Indian journal of veterinary science and animal husbandry - Volume 1,
Year: 1931
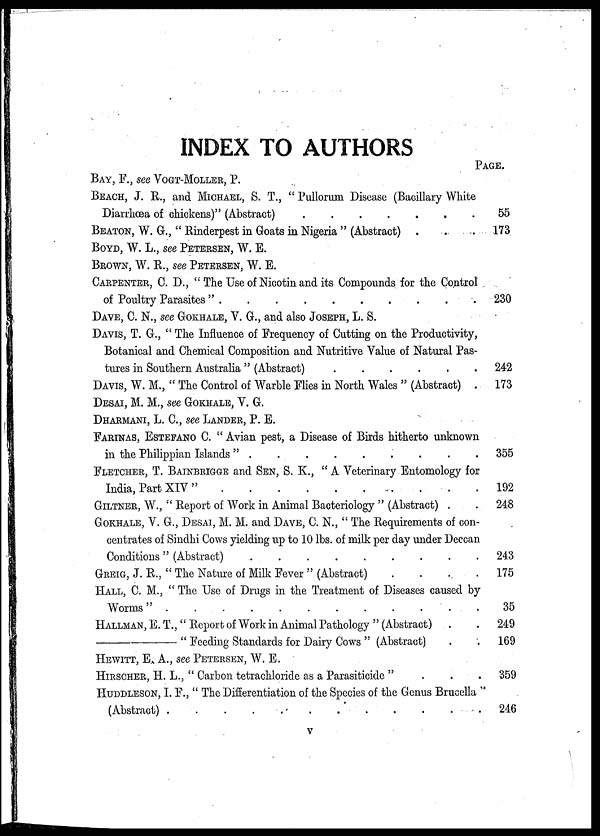
INDEX TO AUTHORS
BAY, F., see VOGT-MOLLER, P.
BEACH, J. R., and MICHAEL, S. T., " Pullorum Disease (Bacillary White
Diarrhœa of chickens)" (Abstract)
BEATON, W. G., " Rinderpest in Goats in Nigeria " (Abstract) . . .
BOYD, W. L., see PETERSEN, W. E.
BROWN, W. R., see PETERSEN, W. E.
CARPENTER, C.D., " The Use of Nicotin and its Compounds for the Control
of Poultry Parasites". . . . . . . . . .
DAVE, C. N., see GOKHALE, V. G., and also JOSEPH, L. S.
DAVIS, T. G., " The Influence of Frequency of Cutting on the Productivity,
Botanical and Chemical Composition and Nutritive Value of Natural Pas-
tures in Southern Australia " (Abstract)
......
DAVIS W. M., " The Control of Warble Flies in North Wales " (Abstract) .
DESAI, M. M., see GOKHALE, V. G.
DHARMANI, L. C, see LANDER, P. E.
FARINAS, ESTEFANO C. " Avian pest, a Disease of Birds hitherto unknown
in the Philippian Islands "
FLETCHER, T. BAINBRIGGE and SEN, S. K., " A Veterinary Entomology for
India, Part XIV "
GILTNER, W., " Report of Work in Animal Bacteriology " (Abstract) . .
GOKHALE, V. G., DESAI, M. M. and DAVE, C. N., " The Requirements of con-
centrates of Sindhi Cows yielding up to 10 lbs. of milk per day under Deccan
Conditions " (Abstract)
GREIG, J. R., " The Nature of Milk Fever " (Abstract)
....
HALL, C. M., " The Use of Drugs in the Treatment of Diseases caused by
Worms"
HALLMAN, E. T., " Report of Work in Animal Pathology " (Abstract) . .
—"
Feeding Standards for Dairy Cows " (Abstract) . .
HEWITT, E. A., see PETERSEN, W. E.
HIRSCHER, H. L., " Carbon tetrachloride as a Parasiticide
"...
HUDDLESON, I. F., " The Differentiation of the Species of the Genus Brucella "
(Abstract)
PAGE.
55
173
230
242
173
355
192
248
243
175
35
249
169
359
246
V